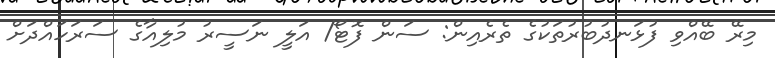
މިރޭ ބޭއްވި ފުޅަނދުބުރުތަކުގެ ތެރެއިން: ސަން ފޮޓޯ/ އަލީ ނަސީރު މުލިއާގެ ސަރަހައްދަށް